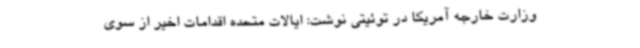
وزارت خارجه آمریکا در توئیتی نوشت: ایالات متحده اقدامات اخیر از سوی